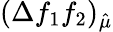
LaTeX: (\Delta f_{1}f_{2})_{\hat{\mu}}